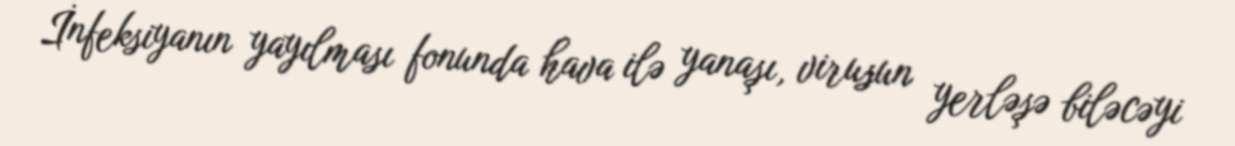
İnfeksiyanın yayılması fonunda hava ilə yanaşı, virusun yerləşə biləcəyi